Vaccination in Burma 1889-1999 - 1889-1999
Year: 1889
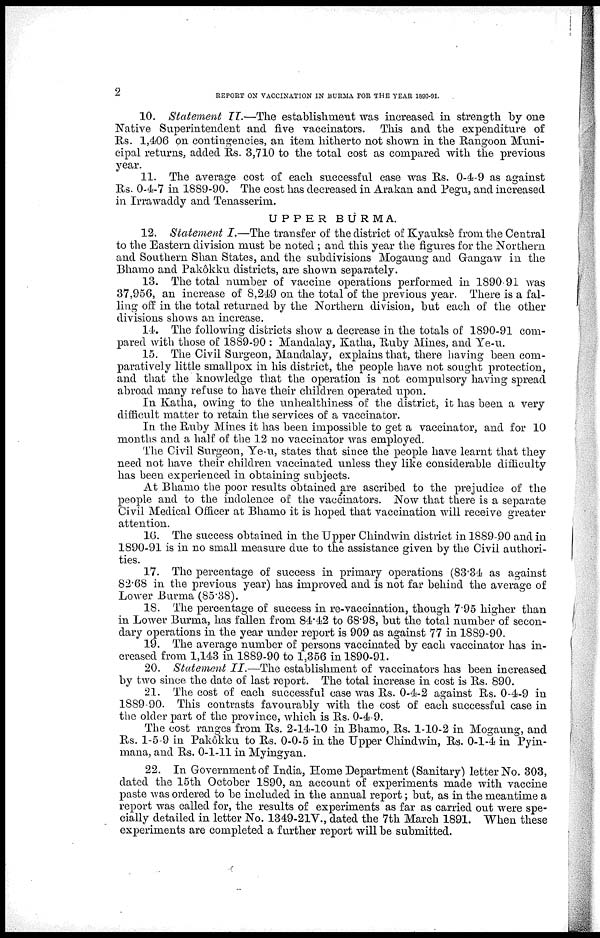
2
REPORT ON VACCINATION IN BURMA FOR THE YEAR 1890-91.
10. Statement II.—The establishment was increased in strength by one
Native Superintendent and five vaccinators. This and the expenditure of
Rs. 1,406 on contingencies, an item hitherto not shown in the Rangoon Muni-
cipal returns, added Rs. 3,710 to the total cost as compared with the previous
year.
11. The average cost of each successful case was Rs. 0-4-9 as against
Rs. 0-4-7 in 1889-90. The cost has decreased in Arakan and Pegu, and increased
in Irrawaddy and Tenasserim.
UPPER BURMA.
12. Statement I.—The transfer of the district of Kyauksè from the Central
to the Eastern division must be noted ; and this year the figures for the Northern
and Southern Shan States, and the subdivisions Mogaung and Gangaw in the
Bhamo and Pakdôku districts, are shown separately.
13. The total number of vaccine operations performed in 1890 91 was
37,956, an increase of 8,249 on the total of the previous year. There is a fal-
ling off in the total returned by the Northern division, but each of the other
divisions shows an increase.
14. The following districts show a decrease in the totals of 1890-91 com-
pared with those of 1889-90 : Mandalay, Katha, Ruby Mines, and Ye-u.
15. The Civil Surgeon, Mandalay, explains that, there having been com-
paratively little smallpox in his district, the people have not sought protection,
and that the knowledge that the operation is not compulsory having spread
abroad many refuse to have their children operated upon.
In Katha, owing to the unhealthiness of the district, it has been a very
difficult matter to retain the services of a vaccinator.
In the Ruby Mines it has been impossible to get a vaccinator, and for 10
months and a half of the 12 no vaccinator was employed.
The Civil Surgeon, Ye-u, states that since the people have learnt that they
need not have their children vaccinated unless they like considerable difficulty
has been experienced in obtaining subjects.
At Bhamo the poor results obtained are ascribed to the prejudice of the
people and to the indolence of the vaccinators. Now that there is a separate
Civil Medical Officer at Bhamo it is hoped that vaccination will receive greater
attention.
16. The success obtained in the Upper Chindwin district in 1889-.90 and in
1890-91 is in no small measure due to the assistance given by the Civil authori-
ties.
17. The percentage of success in primary operations (83.34 as against
82.68 in the previous year) has improved and is not far behind the average of
Lower Burma (85.38).
18. The percentage of success in re-vaccination, though 7.95 higher than
in Lower Burma, has fallen from 84.42 to 68.98, but the total number of secon-
dary operations in the year under report is 909 as against 77 in 1889-90.
19. The average number of persons vaccinated by each vaccinator has in-
creased from 1,143 in 1889-90 to 1,356 in 1890-91.
20. Statement II.—The establishment of vaccinators has been increased
by two since the date of last report. The total increase in cost is Rs. 890.
21. The cost of each successful case was Rs. 0-4-2 against Rs. 0-4-9 in
1889-90. This contrasts favourably with the cost of each successful case in
the older part of the province, which is Rs. 0-4-9.
The cost ranges from Rs. 2-14-10 in Bhamo, Rs. 1-10-2 in Mogaung, and
Rs. 1-5-9 in Pakôkku to Rs. 0-0-5 in the Upper Chindwin, Rs. 0-1-4 in Pyin-
mana, and Rs. 0-1-11 in Myingyan.
22. In Government of India, Home Department (Sanitary) letter No. 303,
dated the 15th October 1890, an account of experiments made with vaccine
paste was ordered to be included in the annual report; but, as in the meantime a
report was called for, the results of experiments as far as carried out were spe-
cially detailed in letter No. 1349-21V., dated the 7th March 1891. When these
experiments are completed a further report will be submitted.